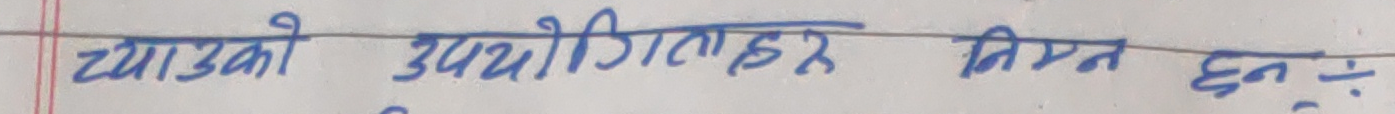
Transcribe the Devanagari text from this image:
च्याउको उपयोगिताहरू निम्न छन् :-